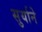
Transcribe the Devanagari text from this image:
सुर्याने